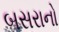
બસરાનો